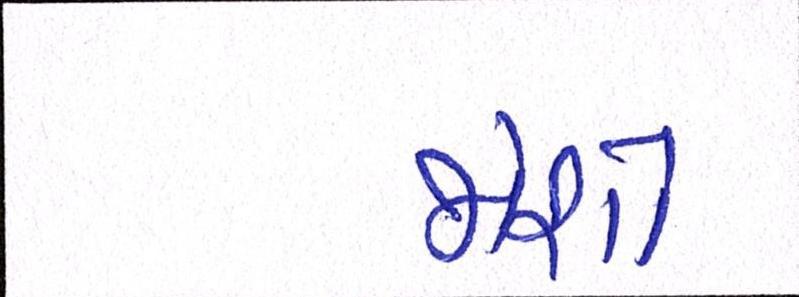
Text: જોશો